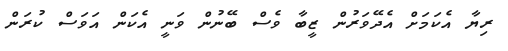
ރިޔާ އެކަމަށް އެދޭވަރުން ޒީބާ ވެސް ބޭނުން ވަނީ އެކަން އަވަސް ކުރަން